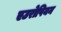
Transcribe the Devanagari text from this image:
एउरोपियन